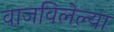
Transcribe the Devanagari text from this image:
वाजविलेल्या